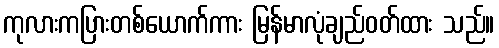
ကုလားကပြားတစ်ယောက်ကား မြန်မာလုံချည်ဝတ်ထား သည်။